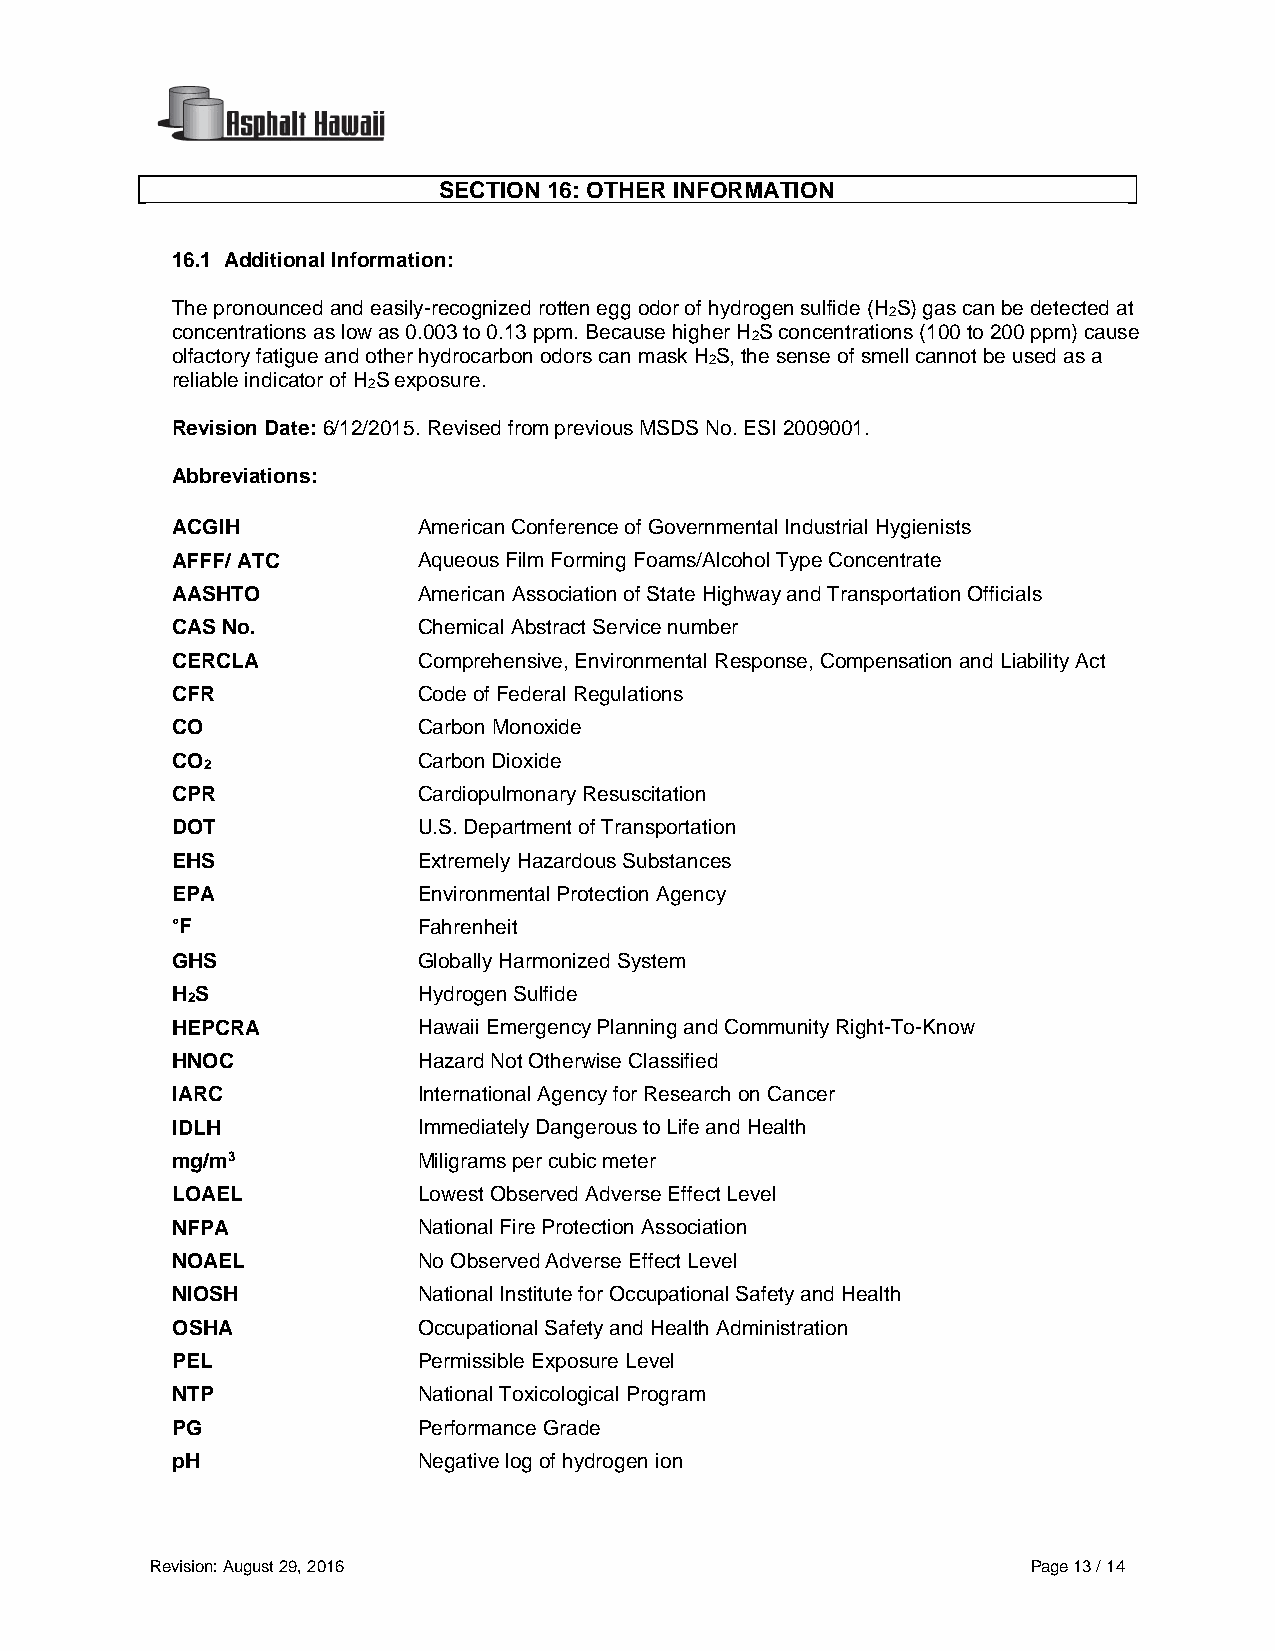
SECTION 16: OTHER INFORMATION
 16.1 Additional Information:
 The pronounced and easily-recognized rotten egg odor of hydrogen sulfide (H S) gas can be detected at
 2
 concentrations as low as 0.003 to 0.13 ppm. Because higher H S concentrations (100 to 200 ppm) cause
 2
 olfactory fatigue and other hydrocarbon odors can mask H S, the sense of smell cannot be used as a
 2
 reliable indicator of H S exposure.
 2
 Revision Date: 6/12/2015. Revised from previous MSDS No. ESI 2009001.
 Abbreviations:
 ACGIH            American Conference of Governmental Industrial Hygienists
 AFFF/ ATC        Aqueous Film Forming Foams/Alcohol Type Concentrate
 AASHTO           American Association of State Highway and Transportation Officials
 CAS No.          Chemical Abstract Service number
 CERCLA           Comprehensive, Environmental Response, Compensation and Liability Act
 CFR              Code of Federal Regulations
 CO               Carbon Monoxide
 CO               Carbon Dioxide
 2
 CPR              Cardiopulmonary Resuscitation
 DOT              U.S. Department of Transportation
 EHS              Extremely Hazardous Substances
 EPA              Environmental Protection Agency
 °F               Fahrenheit
 GHS              Globally Harmonized System
 H S              Hydrogen Sulfide
 2
 HEPCRA           Hawaii Emergency Planning and Community Right-To-Know
 HNOC             Hazard Not Otherwise Classified
 IARC             International Agency for Research on Cancer
 IDLH             Immediately Dangerous to Life and Health
 mg/m3            Miligrams per cubic meter
 LOAEL            Lowest Observed Adverse Effect Level
 NFPA             National Fire Protection Association
 NOAEL            No Observed Adverse Effect Level
 NIOSH            National Institute for Occupational Safety and Health
 OSHA             Occupational Safety and Health Administration
 PEL              Permissible Exposure Level
 NTP              National Toxicological Program
 PG               Performance Grade
 pH               Negative log of hydrogen ion
 Revision: August 29, 2016                                 Page 13 / 14